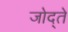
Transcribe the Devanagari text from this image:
जोद्ते